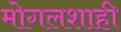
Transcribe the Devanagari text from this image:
मोगलशाही